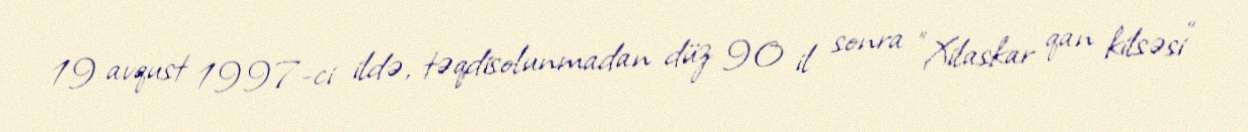
19 avqust 1997-ci ildə, təqdisolunmadan düz 90 il sonra "Xilaskar qan kilsəsi"